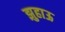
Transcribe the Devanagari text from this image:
झुहाऊ